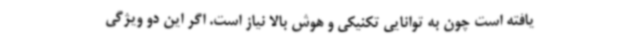
یافته است چون به توانایی تکنیکی و هوش بالا نیاز است. اگر این دو ویژگی